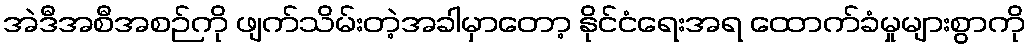
အဲဒီအစီအစဉ်ကို ဖျက်သိမ်းတဲ့အခါမှာတော့ နိုင်ငံရေးအရ ထောက်ခံမှုများစွာကို